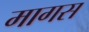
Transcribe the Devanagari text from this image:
मागस